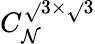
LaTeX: C_{\mathcal{N}}^{\sqrt{}{{3}}\times\sqrt{}{{3}}}